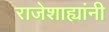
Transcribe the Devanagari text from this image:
राजेशाह्यांनी